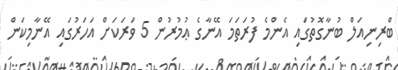
ބްރިނިއަލް ބުނާގޮތުގައި އެންމެ ފުރަތަމަ އޭނާގެ ޢުމުރުން 5 ވަރަކަށް އަހަރުގައި އޭނާމިކަން